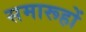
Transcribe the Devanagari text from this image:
समारूहों